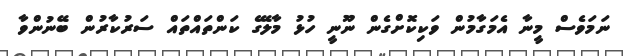
ނަމަވެސް މީނާ އެމަގާމުން ވަކިކޮށްގެން ނޫނީ ހުޅު މާލޭގެ ކަންތައްތައް ސަރުކާރުން ބޭނުންވާ